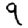
Digit: 9